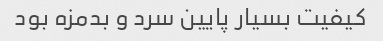
کیفیت بسیار پایین سرد و بدمزه بود